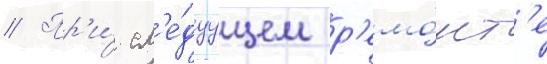
// Пр'и́ сл'е́дуущем р'емо́нт'е